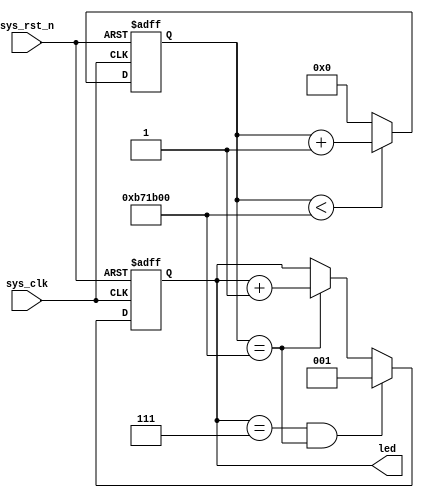
module led (
    input sys_clk, // clk input
    input sys_rst_n, // reset input
    output reg [2:0] led // 110 G, 101 R, 011 B
);

localparam COUNT_MAX = 24'd12_000_000;

reg [23:0] counter;

always @(posedge sys_clk or negedge sys_rst_n) begin
    if (!sys_rst_n)
        counter <= 24'd0;
    else if (counter < COUNT_MAX) // 0.5s delay
        counter <= counter + 1;
    else
        counter <= 24'd0;
end

always @(posedge sys_clk or negedge sys_rst_n) begin
    if (!sys_rst_n) begin
        led <= 3'b000;
    end else if ((led == 3'b111) && (counter == COUNT_MAX)) begin
        led <= 3'b001;
    end else if (counter == COUNT_MAX) begin
        led <= led + 3'b001;
    end
end

endmodule